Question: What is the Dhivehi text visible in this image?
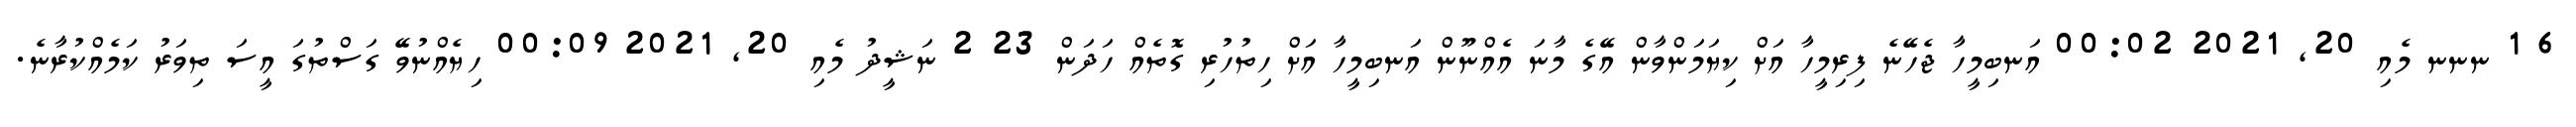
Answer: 6 1 ނނނ މެއި 20, 2021 00:02 އަނބިމީހާ ޖެހޭނެ ފިރިމީހާ އަށް ކިޔަމަންވާން އޭގެ މާނަ އެއްނޫން އަނބިމީހާ އަށް ހިތުހުރި ގޮތެއް ހަދަން 23 2 ނަޝީދު މެއި 20, 2021 00:09 ހިޔެއްނުވޭ ގަސްތުގަ އީސަ ތިވަރު ކަމެއްކުރާނެ.